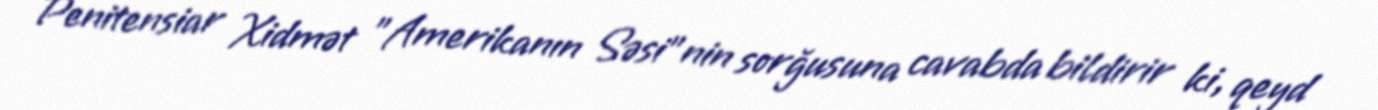
Penitensiar Xidmət "Amerikanın Səsi"nin sorğusuna cavabda bildirir ki, qeyd